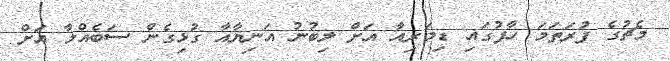
މެޗުގެ ފުރަތަމަ ހާފުގައި ޑިމަރިއާ އަށް ލިބުނު އަނިޔާއާ ގުޅިގެން ސަބެއްލާ އަށް